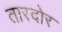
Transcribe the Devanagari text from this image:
तारदोर